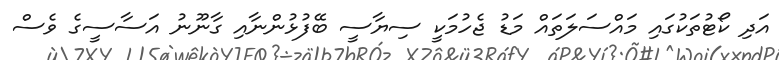
އަދި ކޯޓުތަކުގައި މައްސަލަތައް މަޑު ޖެހުމަކީ ސިޔާސީ ބޭފުޅުންނާއި ގާނޫނު އަސާސީގެ ވެސް